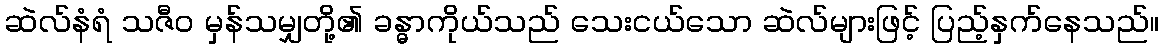
ဆဲလ်နံရံ သဇီဝ မှန်သမျှတို့၏ ခန္ဓာကိုယ်သည် သေးငယ်သော ဆဲလ်များဖြင့် ပြည့်နှက်နေသည်။